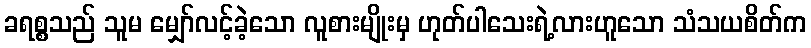
ခရစ္စသည် သူမ မျှော်လင့်ခဲ့သော လူစားမျိုးမှ ဟုတ်ပါသေးရဲ့လားဟူသော သံသယစိတ်က